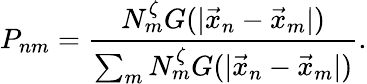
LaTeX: P_{nm}=\frac{N_{m}^{\zeta}G(|\vec{x}_{n}-\vec{x}_{m}|)}{\sum_{m}N_{m}^{\zeta}G(|\vec{x}_{n}-\vec{x}_{m}|)}.